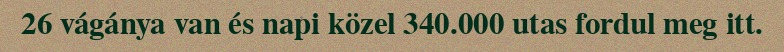
26 vágánya van és napi közel 340.000 utas fordul meg itt.